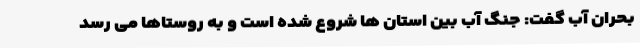
بحران آب گفت: جنگ آب بین استان ها شروع شده است و به روستاها می رسد